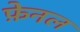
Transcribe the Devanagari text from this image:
फ़ेनल